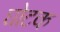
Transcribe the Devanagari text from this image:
घोटक